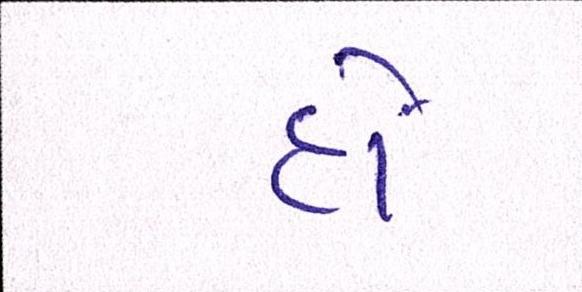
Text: હોં